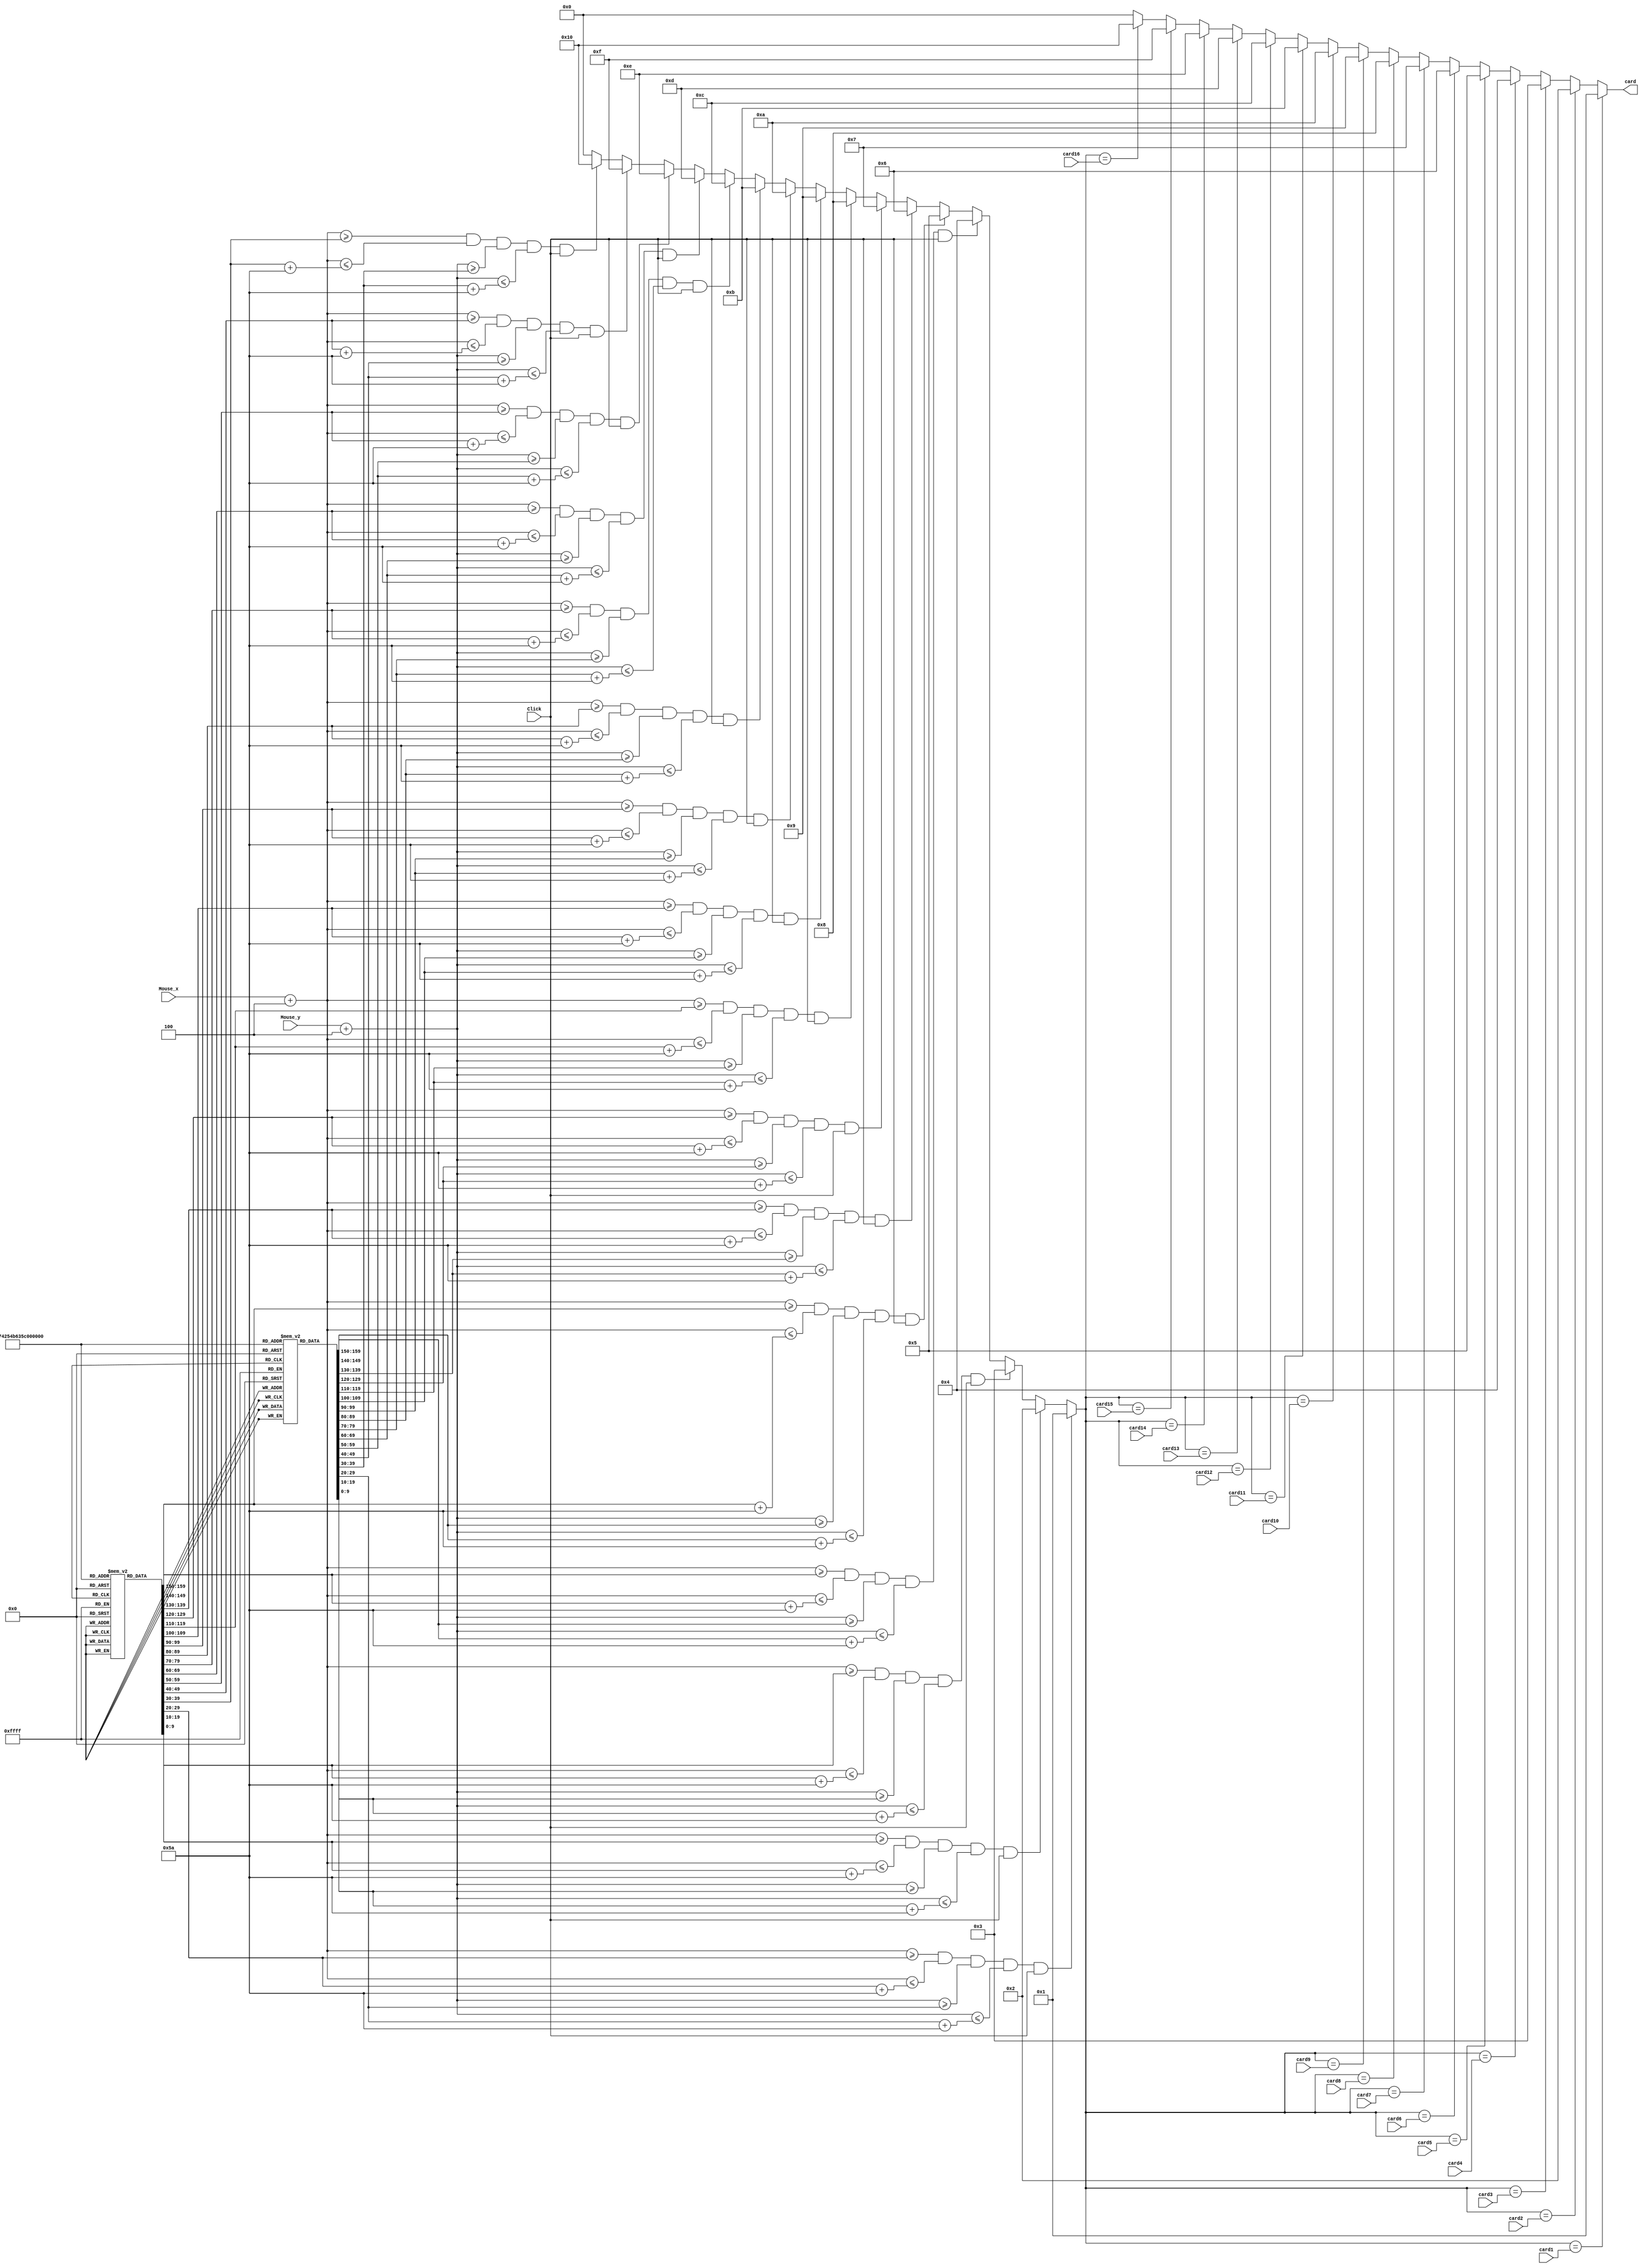
`timescale 1ns / 1ps
//////////////////////////////////////////////////////////////////////////////////
// Company: 
// Engineer: 
// 
// Design Name: 
// Module Name:    mouse_val 
// Project Name: 
// Target Devices: 
// Tool versions: 
// Description: 
//
// Dependencies: 
//
// Revision: 
// Revision 0.01 - File Created
// Additional Comments: 
//
//////////////////////////////////////////////////////////////////////////////////
module mouse_val(
	 input Click,
	 input [9:0] Mouse_x,//ojo bits aqui y en variables
	 input [9:0] Mouse_y,//ojo bits
    input [4:0] card1,//posiciones de  cartas
	 input [4:0] card2,
	 input [4:0] card3,
	 input [4:0] card4,
	 input [4:0] card5,
	 input [4:0] card6,
	 input [4:0] card7,
	 input [4:0] card8,
	 input [4:0] card9,
	 input [4:0] card10,
	 input [4:0] card11,
	 input [4:0] card12,
	 input [4:0] card13,
	 input [4:0] card14,
	 input [4:0] card15,
	 input [4:0] card16,
	 output reg [4:0] card//carta seleccionada[1,16], 0 es ninguna queda apuntando a la ultima seleccion
    );
//internal var 
reg[9:0] posX [0:17];//cordenadas x para una posicion
reg[9:0] posY [0:17];//cordenadas y para una posicion
reg[3:0] m_size;////falta
reg[6:0] c_size_x;//tamano carta 
reg[6:0] c_size_y;//tamano carta
reg[9:0] cordx;//posicion de toque
reg[9:0] cordy;//posicion de toque
reg[4:0] elect_pos;//posicion elegida [1,16], 0 es ninguna 
initial
begin 
m_size = 8;
c_size_x = 90;
c_size_y = 90;

posY[1] = 60;
posY[2] = 60;
posY[3] = 60;
posY[4] = 60;
posY[5] = 160;
posY[6] = 160;
posY[7] = 160;
posY[8] = 160;
posY[9] = 260;
posY[10] = 260;
posY[11] = 260;
posY[12] = 260;
posY[13] = 360;
posY[14] = 360;
posY[15] = 360;
posY[16] = 360;
posX[1] = 121;
posX[2] = 221;
posX[3] = 321;
posX[4] = 421;
posX[5] = 121;
posX[6] = 221;
posX[7] = 321;
posX[8] = 421;
posX[9] = 121;
posX[10] = 221;
posX[11] = 321;
posX[12] = 421;
posX[13] = 121; 
posX[14] = 221;
posX[15] = 321;
posX[16] = 421;
end  
always@*
begin
cordx = Mouse_x + m_size/2;
cordy = Mouse_y + m_size/2;
if((cordx >= posX[1])&&(cordx <= (posX[1]+ c_size_x))&&(cordy >= posY[1])&&(cordy <= (posY[1]+ c_size_y))&&Click)
   elect_pos = 1;
else if((cordx >= posX[2])&&(cordx <= (posX[2]+ c_size_x))&&(cordy >= posY[2])&&(cordy <= (posY[2]+ c_size_y))&&Click)
   elect_pos = 2;
else if((cordx >= posX[3])&&(cordx <= (posX[3]+ c_size_x))&&(cordy >= posY[3])&&(cordy <= (posY[3]+ c_size_y))&&Click)
   elect_pos = 3;
else if((cordx >= posX[4])&&(cordx <= (posX[4]+ c_size_x))&&(cordy >= posY[4])&&(cordy <= (posY[4]+ c_size_y))&&Click)
   elect_pos = 4;
else if((cordx >= posX[5])&&(cordx <= (posX[5]+ c_size_x))&&(cordy >= posY[5])&&(cordy <= (posY[5]+ c_size_y))&&Click)
   elect_pos = 5;
else if((cordx >= posX[5])&&(cordx <= (posX[5]+ c_size_x))&&(cordy >= posY[5])&&(cordy <= (posY[5]+ c_size_y))&&Click)
   elect_pos = 5;
else if((cordx >= posX[6])&&(cordx <= (posX[6]+ c_size_x))&&(cordy >= posY[6])&&(cordy <= (posY[6]+ c_size_y))&&Click)
   elect_pos = 6;
else if((cordx >= posX[7])&&(cordx <= (posX[7]+ c_size_x))&&(cordy >= posY[7])&&(cordy <= (posY[7]+ c_size_y))&&Click)
   elect_pos = 7;
else if((cordx >= posX[8])&&(cordx <= (posX[8]+ c_size_x))&&(cordy >= posY[8])&&(cordy <= (posY[8]+ c_size_y))&&Click)
   elect_pos = 8;
else if((cordx >= posX[9])&&(cordx <= (posX[9]+ c_size_x))&&(cordy >= posY[9])&&(cordy <= (posY[9]+ c_size_y))&&Click)
   elect_pos = 9;
else if((cordx >= posX[10])&&(cordx <= (posX[10]+ c_size_x))&&(cordy >= posY[10])&&(cordy <= (posY[10]+ c_size_y))&&Click)
   elect_pos = 10;
else if((cordx >= posX[11])&&(cordx <= (posX[11]+ c_size_x))&&(cordy >= posY[11])&&(cordy <= (posY[11]+ c_size_y))&&Click)
   elect_pos = 11;
else if((cordx >= posX[12])&&(cordx <= (posX[12]+ c_size_x))&&(cordy >= posY[12])&&(cordy <= (posY[12]+ c_size_y))&&Click)
   elect_pos = 12;
else if((cordx >= posX[13])&&(cordx <= (posX[13]+ c_size_x))&&(cordy >= posY[13])&&(cordy <= (posY[13]+ c_size_y))&&Click)
   elect_pos = 13;
else if((cordx >= posX[14])&&(cordx <= (posX[14]+ c_size_x))&&(cordy >= posY[14])&&(cordy <= (posY[14]+ c_size_y))&&Click)
   elect_pos = 14;
else if((cordx >= posX[15])&&(cordx <= (posX[15]+ c_size_x))&&(cordy >= posY[15])&&(cordy <= (posY[15]+ c_size_y))&&Click)
   elect_pos = 15;
else if((cordx >= posX[16])&&(cordx <= (posX[16]+ c_size_x))&&(cordy >= posY[16])&&(cordy <= (posY[16]+ c_size_y))&&Click)
   elect_pos = 16;
else
   elect_pos = 0;
end

always@(elect_pos)//ojo
begin
if(elect_pos == card1)
   card = 1;
else if(elect_pos == card2)
   card = 2;
else if(elect_pos == card3)
   card = 3;
else if(elect_pos == card4)
   card = 4;
else if(elect_pos == card5)
   card = 5;
else if(elect_pos == card6)
   card = 6;
else if(elect_pos == card7)
   card = 7;
else if(elect_pos == card8)
   card = 8;
else if(elect_pos == card9)
   card = 9;
else if(elect_pos == card10)
   card = 10;
else if(elect_pos == card11)
   card = 11;
else if(elect_pos == card12)
   card = 12;
else if(elect_pos == card13)
   card = 13;
else if(elect_pos == card14)
   card = 14;
else if(elect_pos == card15)
   card = 15;
else if(elect_pos == card16)
   card = 16;
else 
   card = 0;
end
endmodule